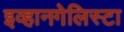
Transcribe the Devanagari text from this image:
इव्हानगेलिस्टा